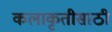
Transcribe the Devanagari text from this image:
कलाकृतीसाठी